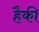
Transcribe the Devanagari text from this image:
हैकी